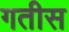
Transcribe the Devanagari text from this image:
गतीस